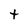
Character: t